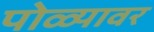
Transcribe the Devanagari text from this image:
पोळ्यावर